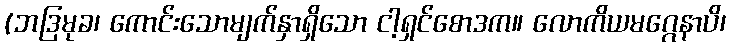
(ဘဒြမုခ၊ ကောင်းသောမျက်နှာရှိသော ငါ့ရှင်စောဒက။ လောကိယမဂ္ဂေနာပိ၊